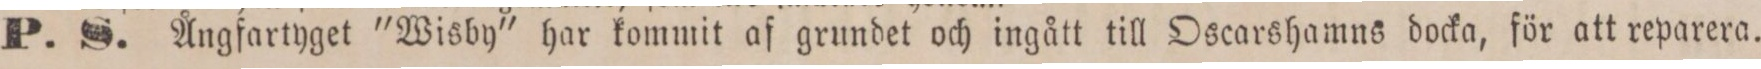
P. S. Ångfartyget "Wisby" har kommit af grundet och ingått till Oscarshamns docka, för att reparera.